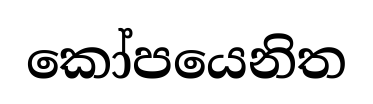
කෝපයෙනිත